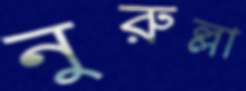
নুরুল্লা